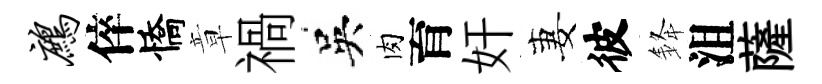
鹧倅憍章禍吳肉育奸妻彼𨦟沮薩